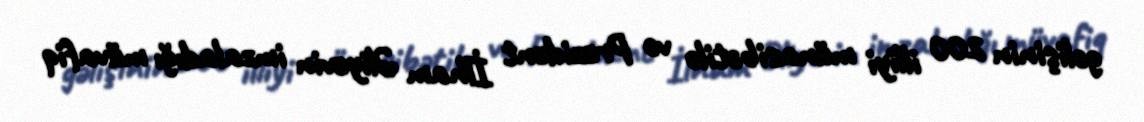
gəlişinin 200 illiyi münasibətilə və Prezident İlham Əliyevin imzaladığı müvafiq